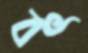
বৎ